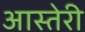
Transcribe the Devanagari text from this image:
आस्तेरी